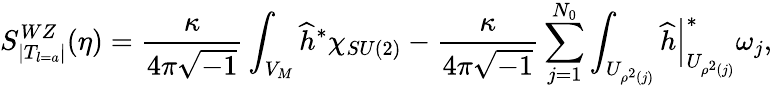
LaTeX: S_{|T_{l=a}|}^{WZ}(\eta)=\frac{\kappa}{4\pi\sqrt{-1}}\int_{V_{M}}\widehat{h}^{\ast}\chi_{SU(2)}-\frac{\kappa}{4\pi\sqrt{-1}}\sum_{j=1}^{N_{0}}\int_{U_{\rho^{2}(j)}}\left.\widehat{h}\right|_{U_{\rho^{2}(j)}}^{\ast}\omega_{j},